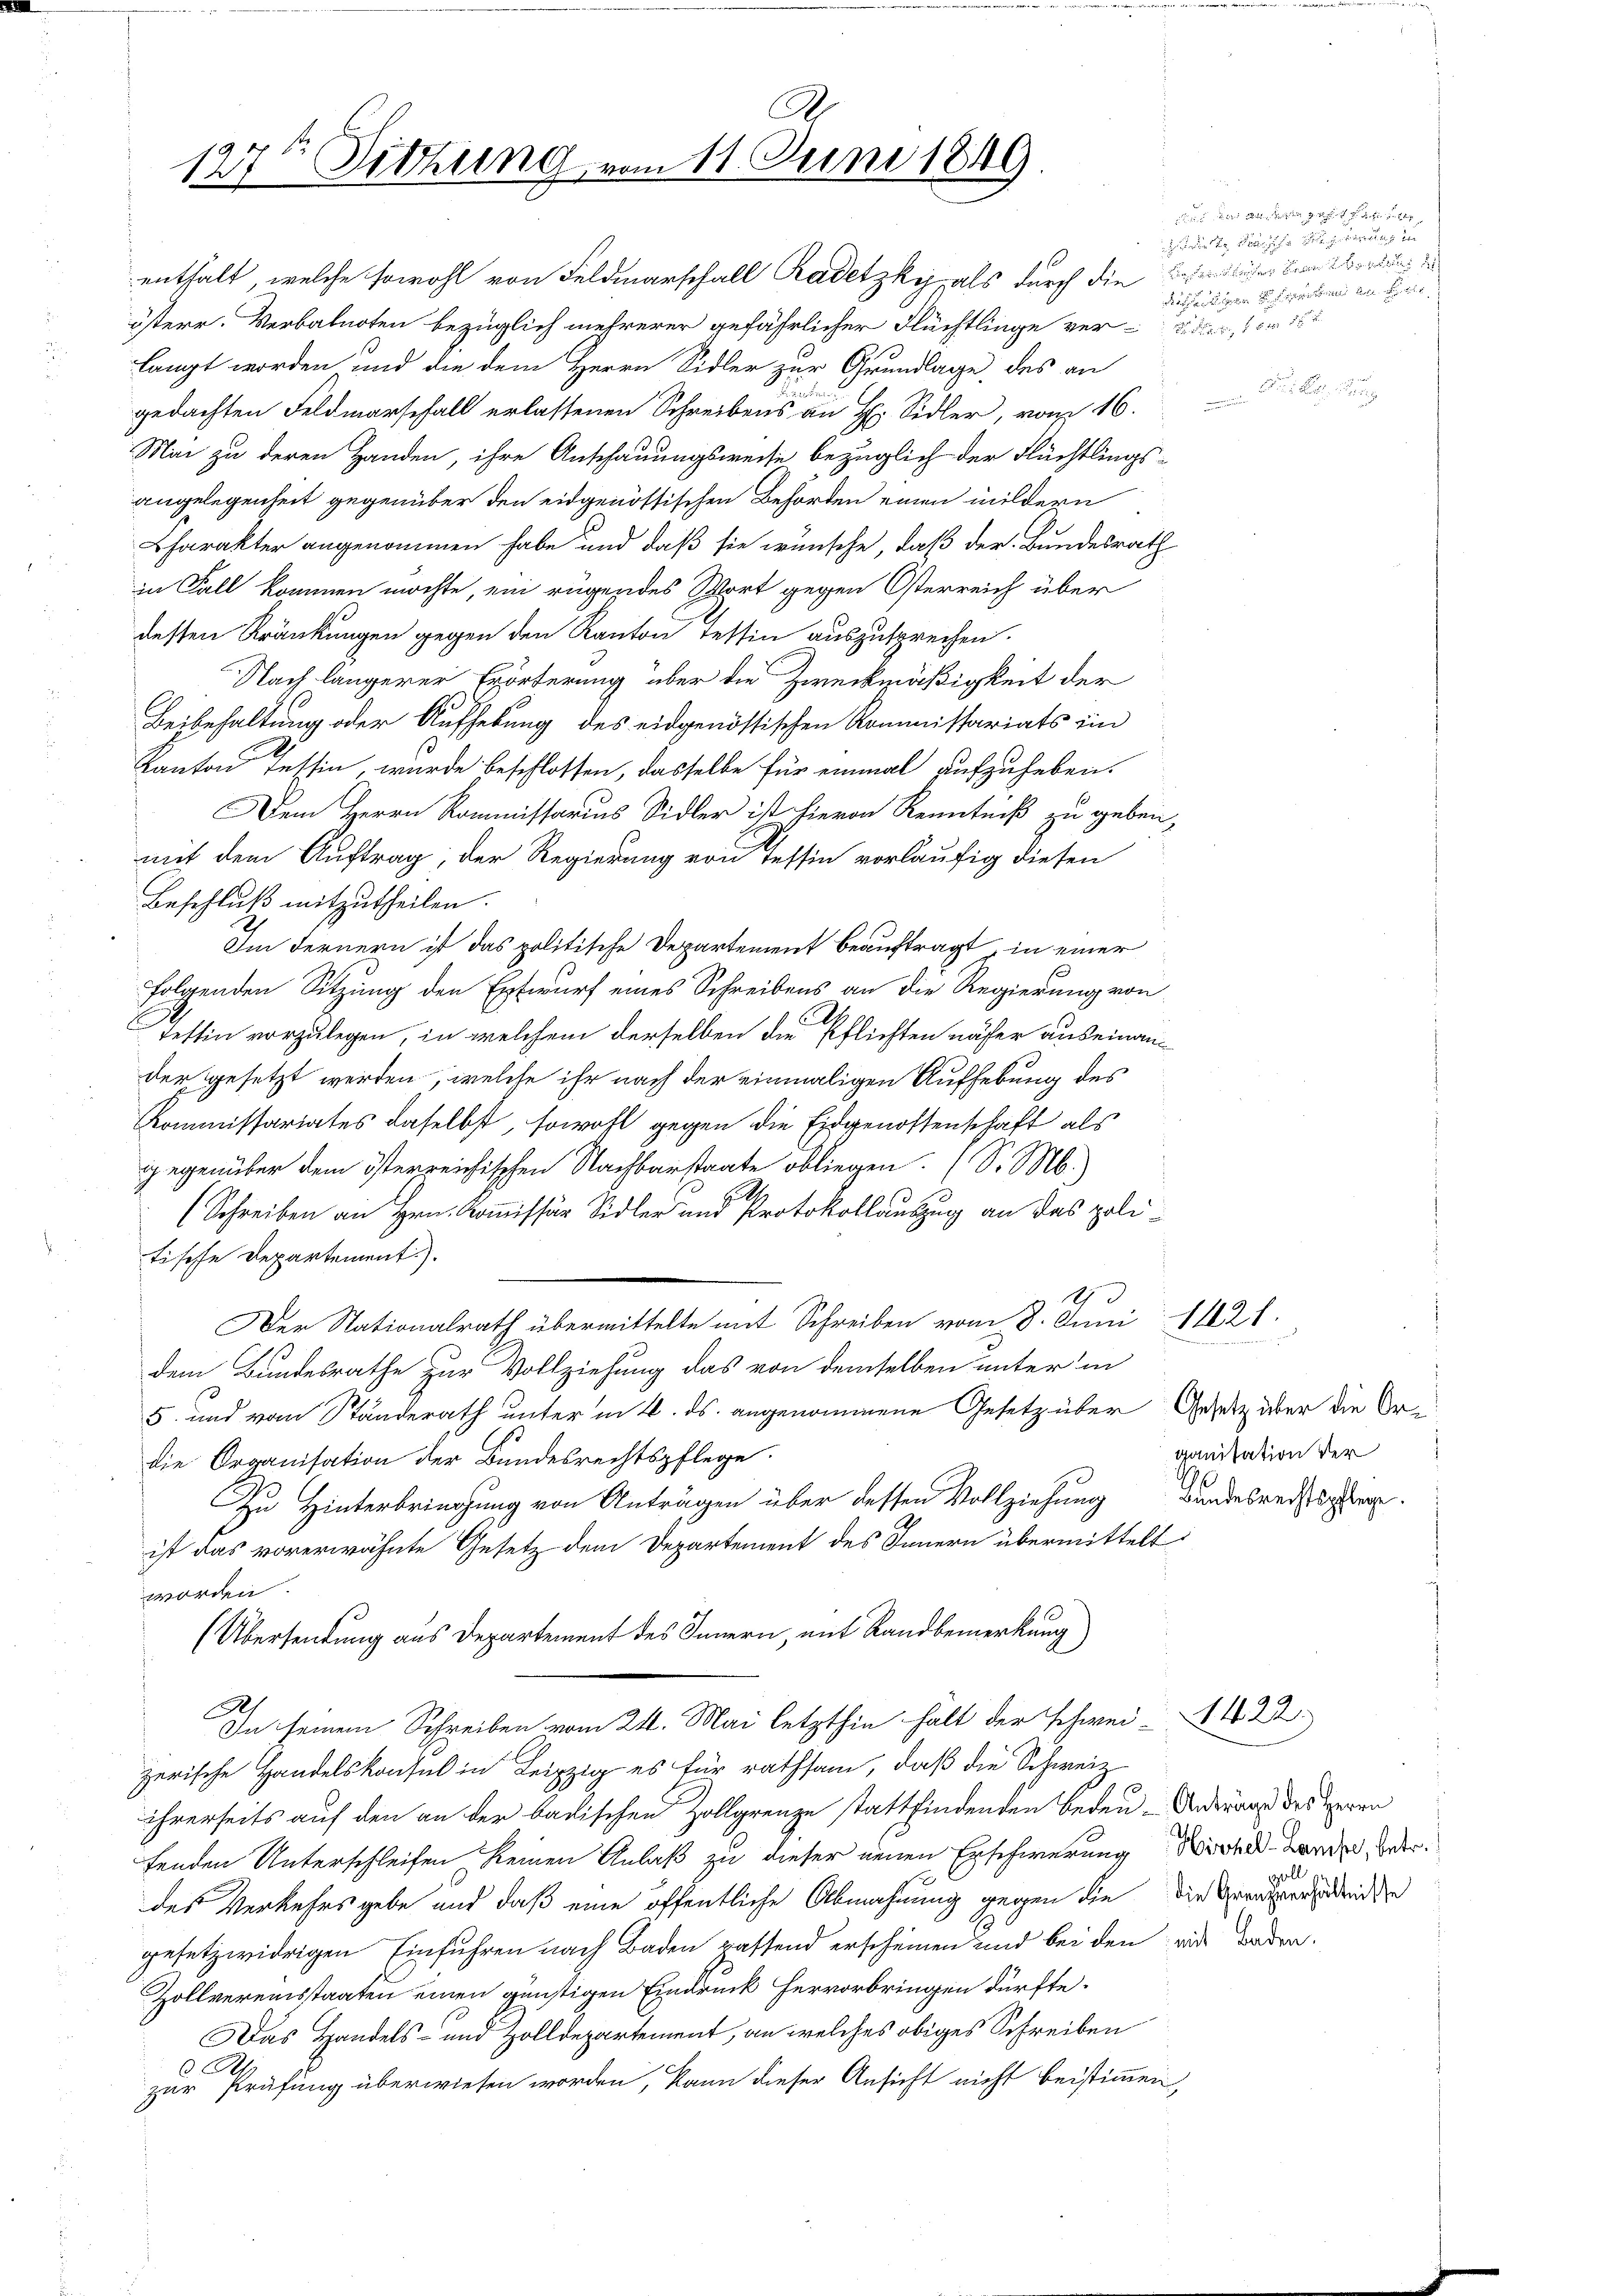
127ten Sitzung vom 11. Juni 1849

enthalt, welche sowohl von Feldmarschall Radetzky, als durch die Beendigerten werden
österr. Verbalnoten bezüglich mehrerer gefährlicher Flüchtlinge ver-Sidler, am 16t

langt worden und die dem Herrn Sidler zur Grundlage des an
gedachten Feldmarschall erlassenen Schreibens an Hr. Sidler, vom 16.
Mai zu deren Handen, ihre Anschauungsweise bezüglich der Flüchtlings-
angelegenheit gegenüber den eidgenössischen Behörden einen mildern
Charakter angenommen habe und daß sie wünsche, daß der Bundesrath
in Fall kommen möchte, ein rügendes Wort gegen Österreich über
desten Kränkungen gegen den Kanton Tessin auszusprechen.
Nach längerer Erörterung über die Zweckmäßigkeit der
Beibehaltung oder Aufhebung des eidgenössischen Kommissariats imm
Kanton Tessin, wurde beschlossen, dasselbe für einmal aufzuheben.
Dem Herrn Kommissarius Sidler ist hievon Kenntniß zu geben,
mit dem Auftrag, der Regierung von Tessin vorläufig diesen
Beschluß mitzutheilen.
Im Fernern ist das politische Departement beauftragt, in einer
folgenden Sitzung den Entwurf eines Schreibens an die Regierung von
E
Tessin vorzulegen, in welchem derselben die Pflichten näher auseinander gesetzt werden, welche ihr nach der einmaligen Aufhebung des
KKommissariates daselbst, sowohl gegen die Eidgenossenschaft als
ggegenüber dem österreichischen Nachbarstaate obliegen. (S. M.
H
(Schreiben an Hrn. Kommissär Sidler und Protokollauszug an das politische Departement).
13
Der Nationalrath übermittelte mit Schreiben vom 8. Juni 1821.
dem Bundesrathe zur Vollziehung das von demselben unter in
5. und vom Standerath unter in 4. ds. angenommene Gesetz über Gesetz über die Ordie Organisation der Bundesrechtspflege.
Zu Hinterbringung von Anträgen über dessen Vollziehung Bandesrechtsger.
ist das vorerwähnte Gesetz dem Departement des Innern übermittelt
worden.
(Übersendung aus Departement des Innern, mit Rand bemerkung)
In seinem Schreiben vom 24. Mai letzthin hält der Schwei-
zerische Handelskonsul in Leipzig es für rathsam, daß die Schweiz
ihrerseits auf den an der badischen Zollgrenze stattfindenden Bedeu-Anderung des Herrn
fenden Unterschleifen keinen Anlaß zu dieser neuen Erschwerung Wortet werden, oder
des Verkehrsgebe und daß eine öffentliche Abmahnung gegen die die Grentendenden
gesetzwidrigen Einführen nach Baden passend erscheinen und bei den wie Baden.
Zollvereinsstaaten einen günstigen Eindruck hervorbringen dürfte.
Das Handels- und Zolldepartement, an welches obiges Schreiben
 Rh
zur Prüfung überwiesen worden, kann dieser Ansicht nicht beistimmen,

en angeste
t der

ganisation der

1422.